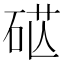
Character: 𥒴